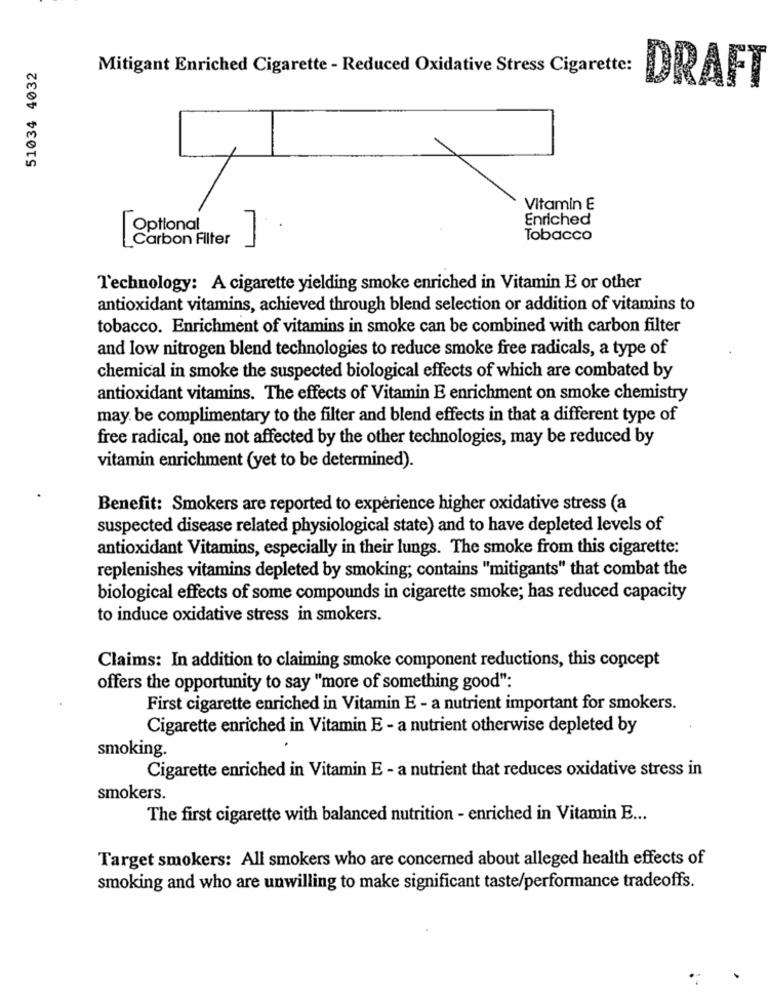
51034 4032
Mitigant Enriched Cigarette - Reduced Oxidative Stress Cigarette:
DRAFT
Vitamin E
Enriched
[Optional
Carbon Filter
Tobacco
Technology: A cigarette yielding smoke enriched in Vitamin E or other
antioxidant vitamins, achieved through blend selection or addition of vitamins to
tobacco. Enrichment of vitamins in smoke can be combined with carbon filter
and low nitrogen blend technologies to reduce smoke free radicals, a type of
chemical in smoke the suspected biological effects of which are combated by
antioxidant vitamins. The effects of Vitamin E enrichment on smoke chemistry
may. be complimentary to the filter and blend effects in that a different type of
free radical, one not affected by the other technologies, may be reduced by
vitamin enrichment (yet to be determined).
Benefit: Smokers are reported to expérience higher oxidative stress (a
suspected disease related physiological state) and to have depleted levels of
antioxidant Vitamins, especially in their lungs. The smoke from this cigarette:
replenishes vitamins depleted by smoking; contains "mitigants" that combat the
biological effects of some compounds in cigarette smoke; has reduced capacity
to induce oxidative stress in smokers.
Claims: In addition to claiming smoke component reductions, this concept
offers the opportunity to say "more of something good":
First cigarette enriched in Vitamin E - a nutrient important for smokers.
Cigarette enriched in Vitamin E - a nutrient otherwise depleted by
smoking.
Cigarette enriched in Vitamin E - a nutrient that reduces oxidative stress in
smokers.
The first cigarette with balanced nutrition - enriched in Vitamin E ...
Target smokers: All smokers who are concerned about alleged health effects of
smoking and who are unwilling to make significant taste/performance tradeoffs.